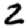
Digit: 2